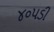
૪૦૫ડી